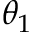
\theta _ { 1 }